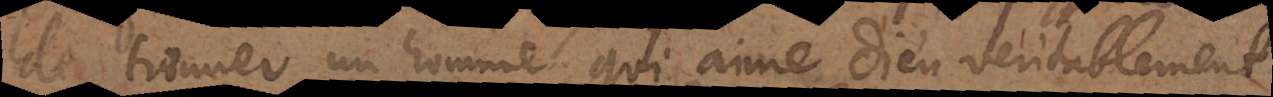
de trouver un homme qui aime Dieu véritablement